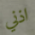
اذني